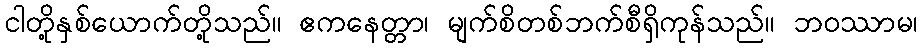
ငါတို့နှစ်ယောက်တို့သည်။ ဧကနေတ္တာ၊ မျက်စိတစ်ဘက်စီရှိကုန်သည်။ ဘဝဿာမ၊